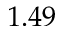
1 . 4 9